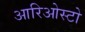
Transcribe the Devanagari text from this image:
आरिओस्टो